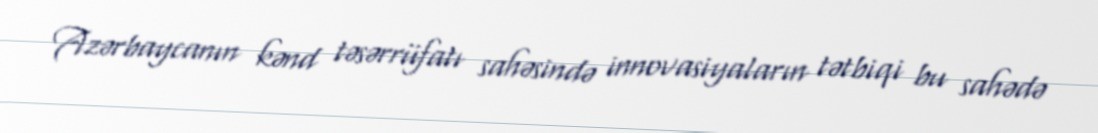
Azərbaycanın kənd təsərrüfatı sahəsində innovasiyaların tətbiqi bu sahədə